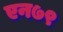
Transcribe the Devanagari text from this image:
एन७९